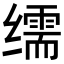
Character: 𦈡